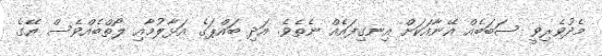
މެދުވެރިވީ ސަބަބެއް އޭނާއަކަށް އިނގިފައެއް ނެތެވެ. އަދި ބައްޕަގެ އަޅާލުމާއި ލޯތްބެއްވެސް އޭގެ